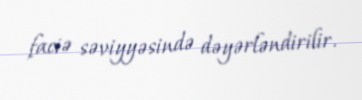
faciə səviyyəsində dəyərləndirilir.